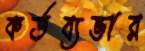
কর্তব্যভার